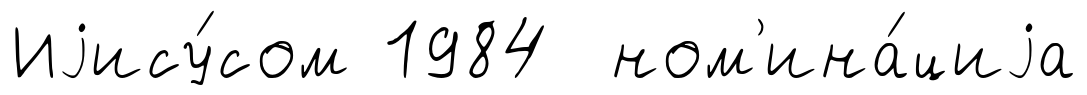
Иjису́сом 1984 ном'ина́циjа